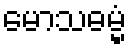
မောသဓမ္မံ